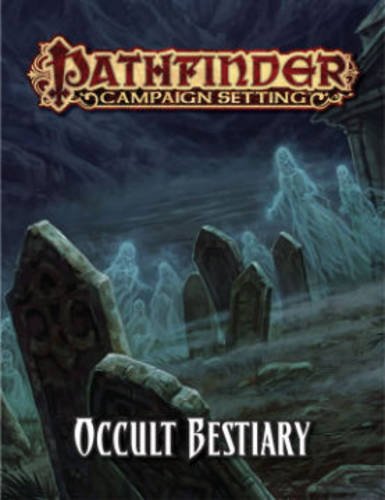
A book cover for Pathfinder Campaign Setting: Occult Bestiary; Paizo Publishing; Science Fiction & Fantasy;